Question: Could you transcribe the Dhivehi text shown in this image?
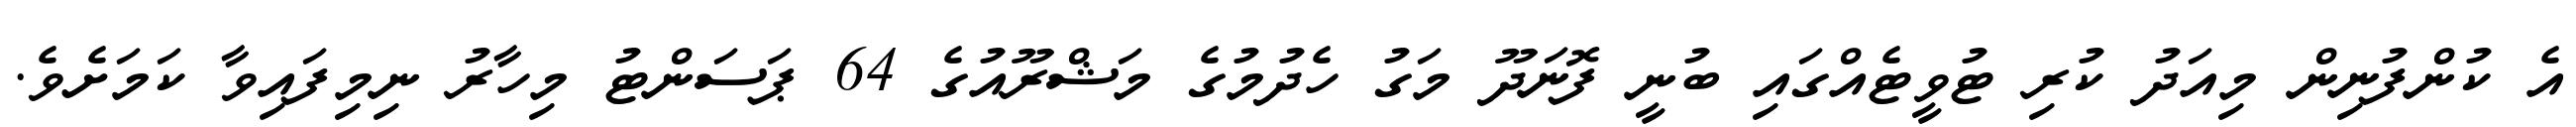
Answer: އެ ކުންފުނިން މިއަދު ކުރި ޓުވީޓެއްގައި ބުނީ ފޮނަދޫ މަގު ހެދުމުގެ މަޝްރޫއުގެ 64 ޕަސަންޓު މިހާރު ނިމިފައިވާ ކަމަށެވެ.